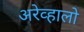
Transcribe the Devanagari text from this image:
अरेव्हालो